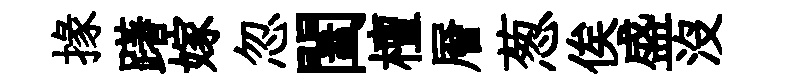
掾躇嫁忽闔檀層葱俟盛没